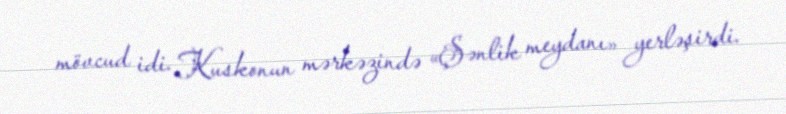
mövcud idi. Kuskonun mərkəzində «Şənlik meydanı» yerləşirdi.